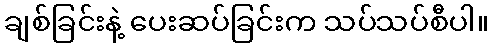
ချစ်ခြင်းနဲ့ ပေးဆပ်ခြင်းက သပ်သပ်စီပါ။